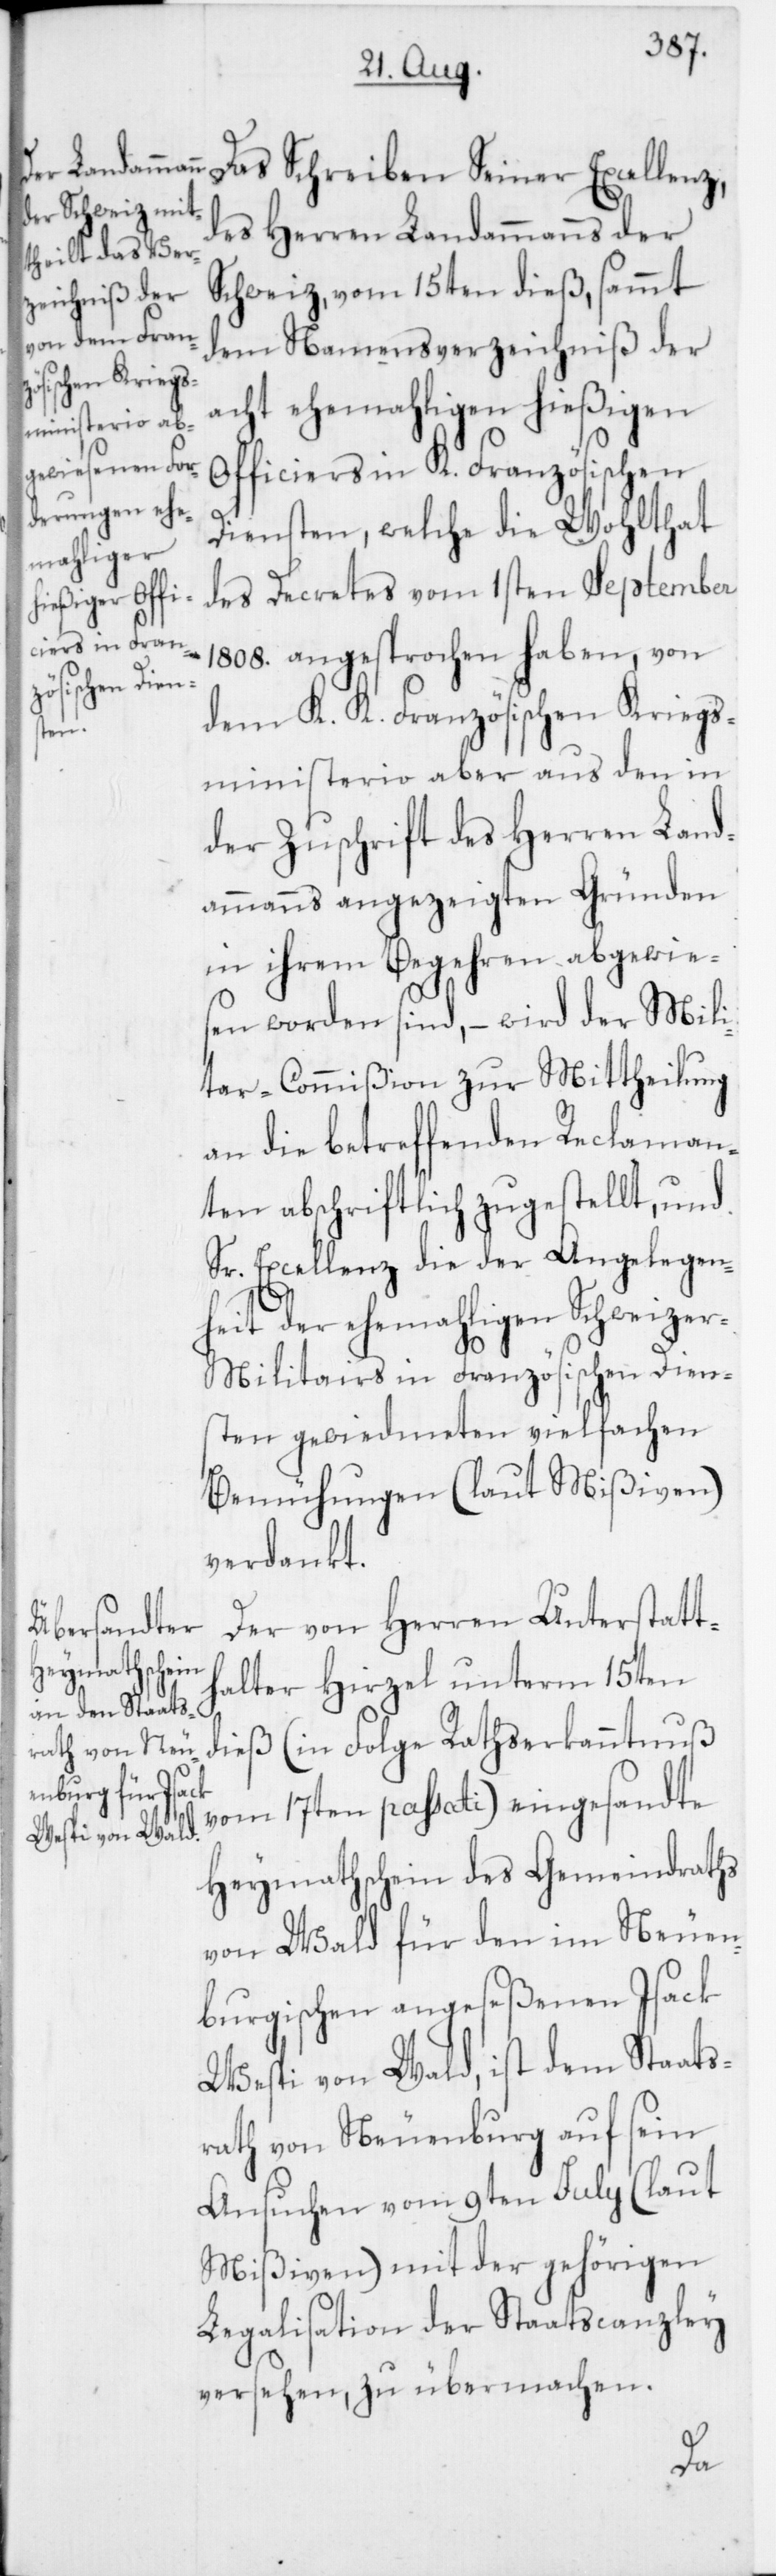
Das Schreiben Seiner Excellenz,
des Herren Landammann der
Schweiz vom 15ten dieß, sammt
dem Namensverzeichniß der
acht ehemahligen hießigen
Officiers in K. Französischen
Diensten, welche die Wohlthat
des Decretes vom 1sten September
1808. angesprochen haben, von
dem K. K. Französischen Kriegs¬
ministerio aber aus den in
der Zuschrift des Herren Land¬
ammanns angezeigten Gründen
in ihrem Begehren abgewie¬
sen worden sind, – wird der Mili¬
tar-Commißion zur Mittheilung
an die betreffenden Reclaman¬
ten abschriftlich zugestellt, und
Sr. Excellenz die der Angelegen¬
heit der ehemahligen Schweize¬
r-Militairs in Französischen Dien¬
sten gewiedmeten vielfachen
Bemühungen (laut Mißiven)
verdankt.
Der von Herren Unterstatt¬
halter Hirzel unterm 15ten
dieß (in Folge Rathserkanntnuß
vom 17ten passati) eingesandte
Heymathschein des Gemeindraths
von Wald für den im Neuen¬
burgischen angeseßenen Isack
Wespi von Wald, ist dem Staats¬
rath von Neuenburg auf sein
Ansuchen vom 9ten Julii (laut
Mißiven) mit der gehörigen
Legalisation der Staatscanzley
versehen, zu übermachen.